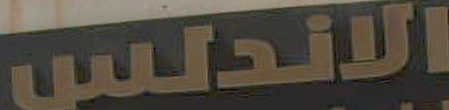
الاندلس